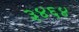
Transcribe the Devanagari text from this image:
३४६४